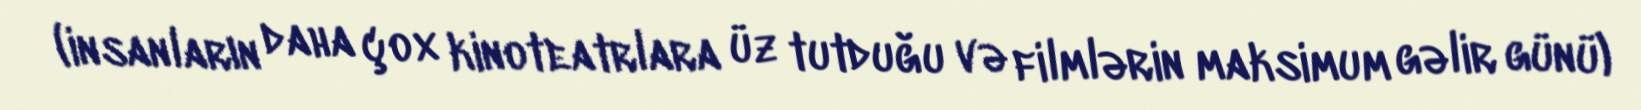
(insanların daha çox kinoteatrlara üz tutduğu və filmlərin maksimum gəlir günü)